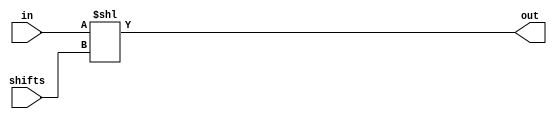

module SHL(input wire [31:0] in, input wire [31:0] shifts, output wire [31:0] out);
	assign out[31:0] = in<<shifts;
endmodule

module SHL_tb;
	reg [31:0] in = 0;
	wire [31:0] data_out;
	integer a = 2;
	
	initial begin
		#100 in <= 32'hFFFFFFF0;
	end
	
	SHL shl(
		in,
		a,
		data_out
		);
		
endmodule